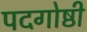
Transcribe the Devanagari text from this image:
पदगोष्ठी